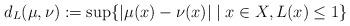
LaTeX: \begin{align*}d_L(\mu, \nu):=\sup\{|\mu(x)-\nu(x)| \mid x\in X, L(x)\leq 1\}\end{align*}